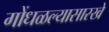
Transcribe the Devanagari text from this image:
गोंधळल्यासारखे